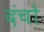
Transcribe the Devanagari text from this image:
दंचो